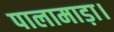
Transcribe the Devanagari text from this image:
पालामाड़ा।